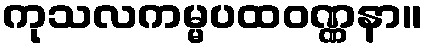
ကုသလကမ္မပထဝဏ္ဏနာ။